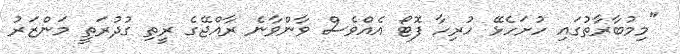
"މިމުބާރާތުގައި ހުށަހެޅޭ ހުރިހާ ފޮޓޯ އެއްވެސް ވާންވާނެ ރާއްޖޭގެ ރީތި ގުދުރަތީ މަންޒަރު